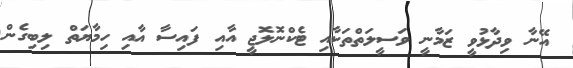
އޭނާ ވިދާޅުވީ ޒަމާނީ ވަސީލަތްތަކާއި ޓެކްނޮލޮޖީ އާއި ފައިސާ އާއި ހިމާޔަތް ލިބިގެން